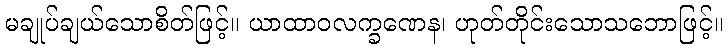
မချုပ်ချယ်သောစိတ်ဖြင့်။ ယာထာဝလက္ခဏေန၊ ဟုတ်တိုင်းသောသဘောဖြင့်။